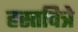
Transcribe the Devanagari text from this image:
हस्तचित्रे